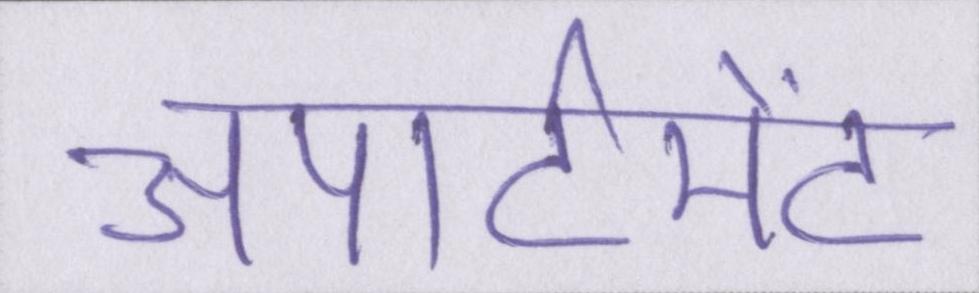
अपार्टमेंट